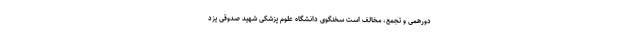
دورهمی و تجمع، مخالف است سخنگوی دانشگاه علوم پزشکی شهید صدوقی یزد